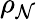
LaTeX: \rho_{\mathcal{N}}